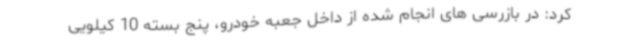
کرد: در بازرسی های انجام شده از داخل جعبه خودرو، پنج بسته 10 کیلویی